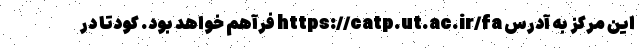
این مرکز به آدرس https://catp.ut.ac.ir/fa فرآهم خواهد بود. کودتا در